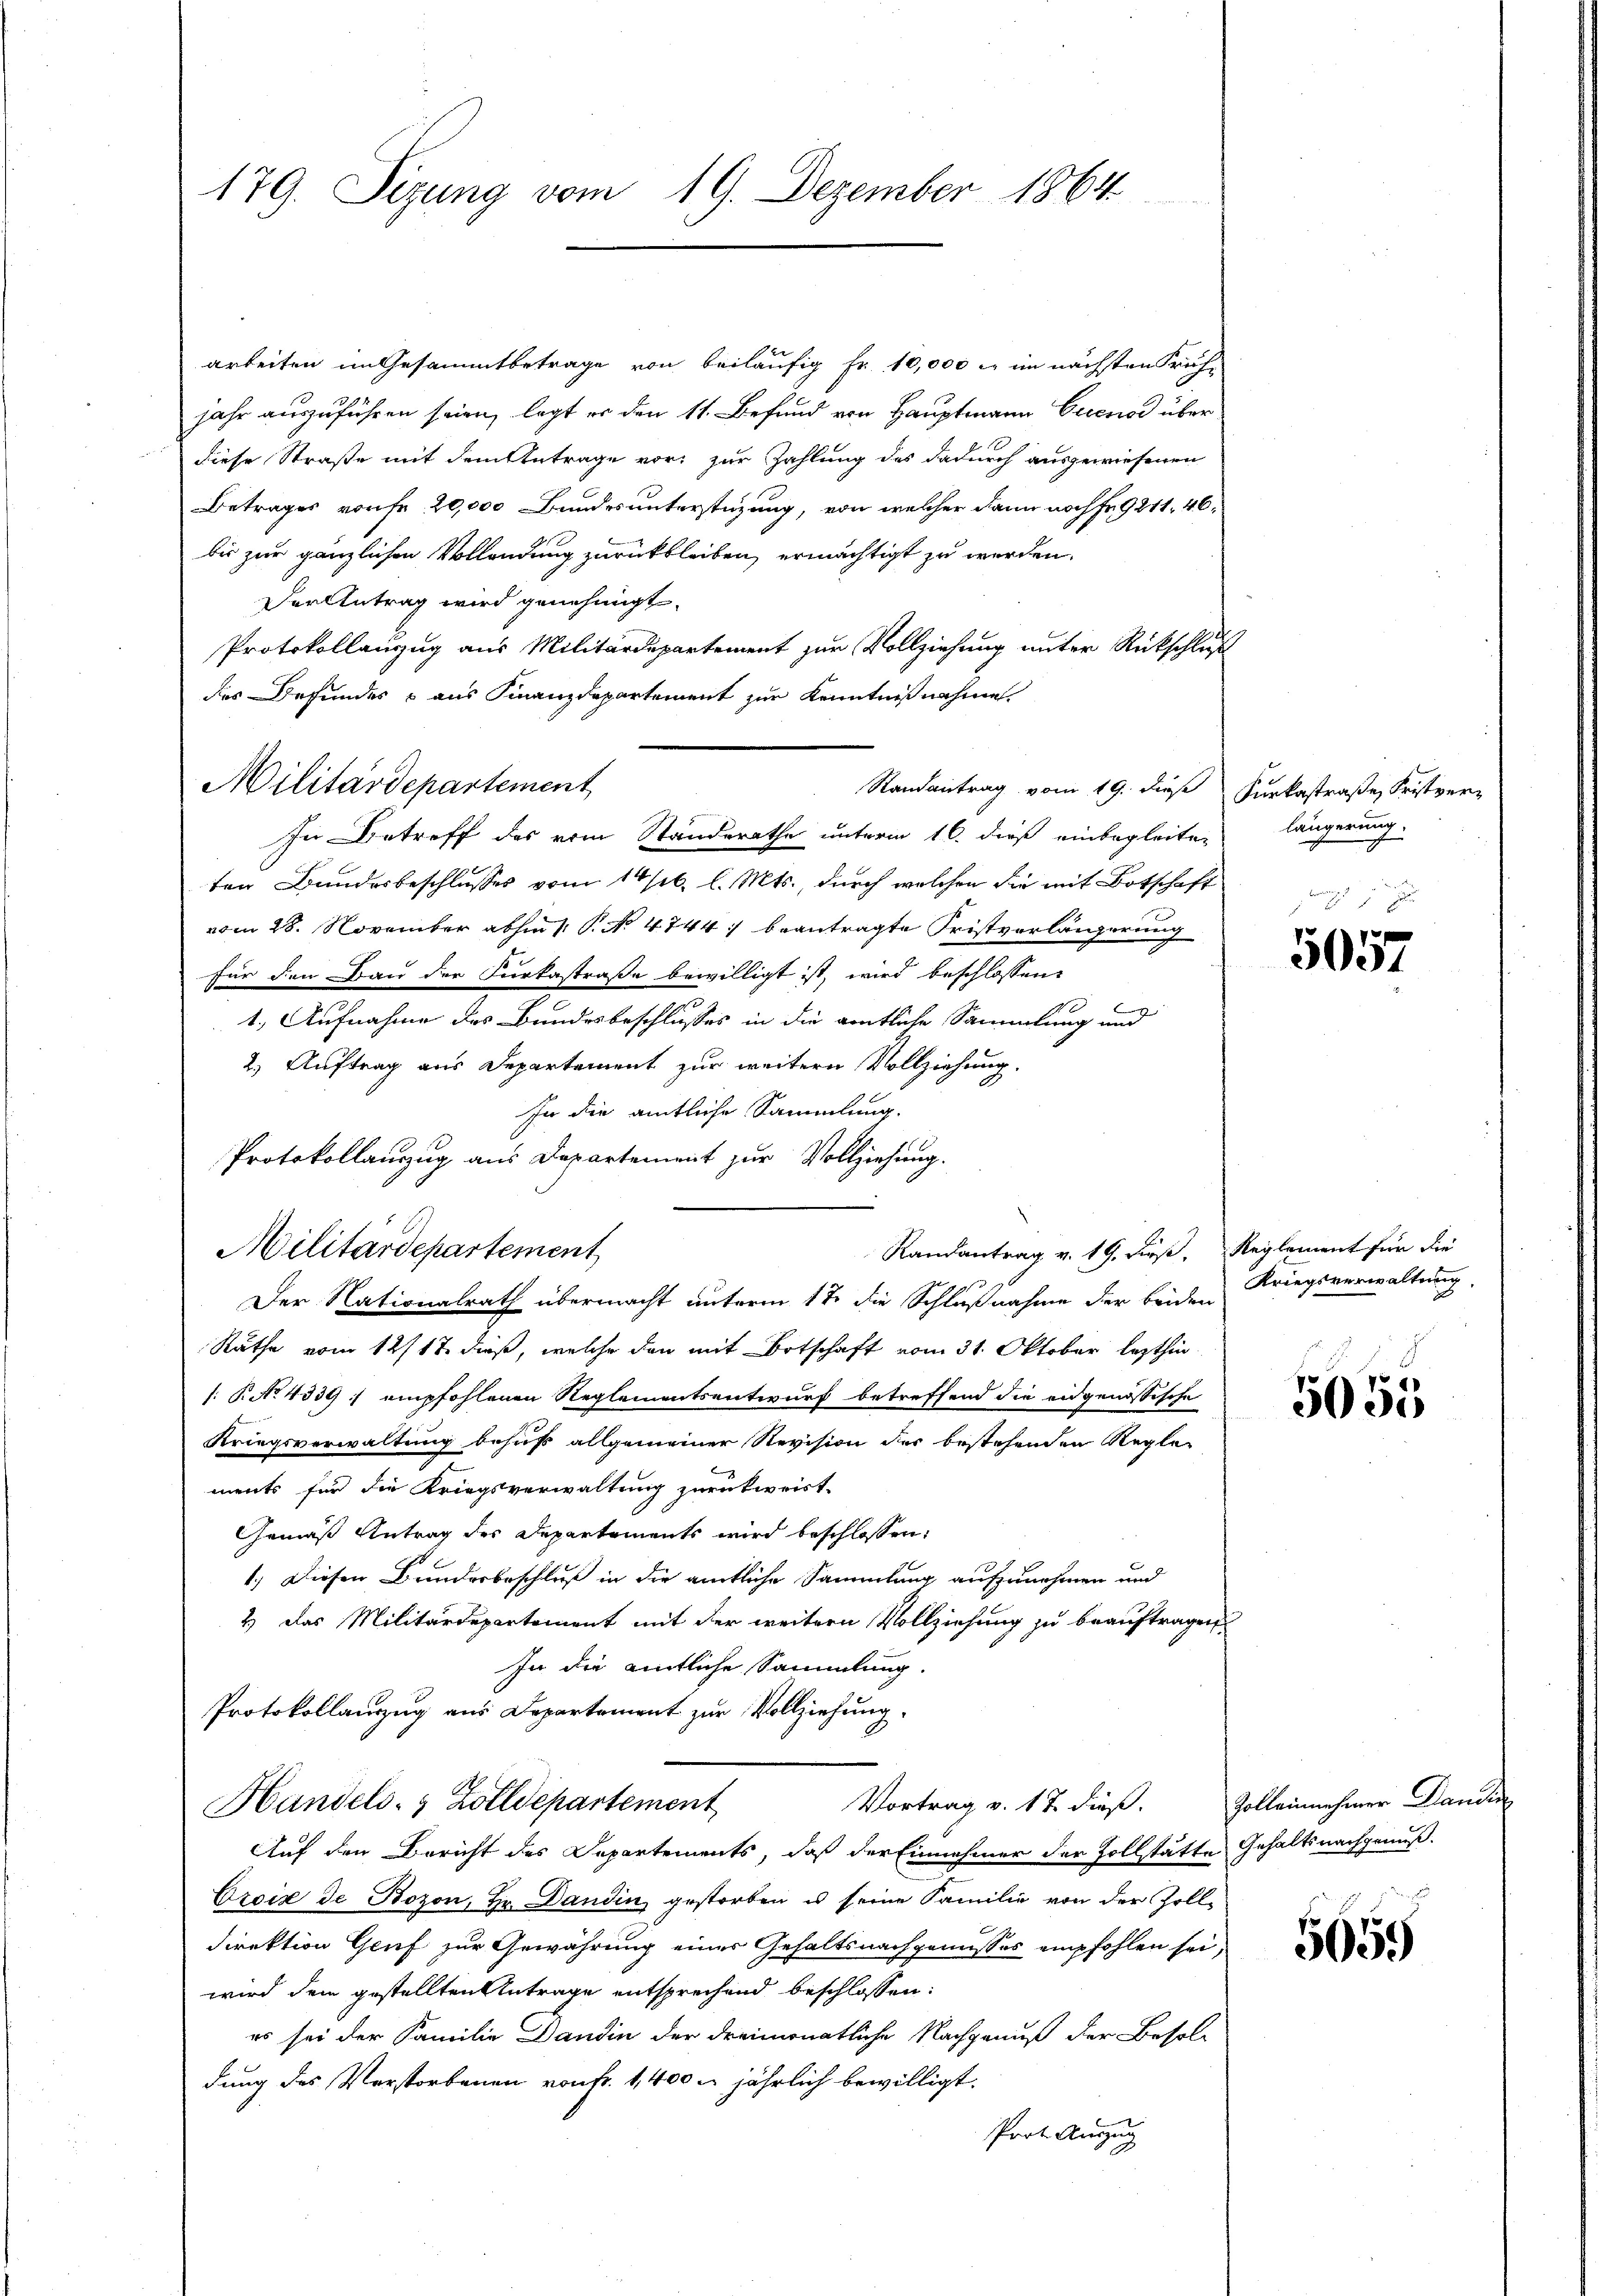
179. Sizung vom 19. Dezember 1864

arbeiten im Gesammtbetrage von beiläufig Fr. 10,000 l. im nächsten Frühjahr auszuführen seien, legt er den 11. Befund von Hauptmann Erens über
diese Straße mit dem Antrage vor, zur Zahlung des dadurch ausgewiesenen
Betrages von fr. 20,000 Bundesunterstüzung, von welcher dann noch Fr. 9241. 46,
bis zur gänzlichen Vollendung zurückbleiben, ermächtigt zu werden.
Der Antrag wird genehmigt.
Protokollanzug aus Militärdepartement zur Vollziehung unter Rückschluß
des Befundes & aus Finanzdepartement zur Kenntnißnahme
Militärdepartement
Randantrag vom 19. dieß Furkastraße, Fristver-
In Betreff des vom Standerathe unterm 16. dieß einbegleiten längerung
ten Bundesbeschlusses vom 14 sel. l. Mts., durch welchen die mit Botschaft
vom 28. November abhin 1 P. N. 4744 :/ beantragte Fristvorlängerung
für den Bau der Furkastraße bewilligt ist, wird beschlossen,
1. Aufnahme des Bundesbeschlusses in die amtliche Sammlung und
2.) Auftrag aus Departement zur weitern Vollziehung.
In die amtliche Sammlung.
Protokollanzug aus Departement zur Vollziehung.
Randantrag v. 19. dieß, Reglement für die
Militärdepartement
Der Nationalrath übermacht unterm 1t die Schlußnahme der beiden
Räthe vom 12/17. dieß, welche dann mit Botschaft vom 31. Oktober lezthin
 R No 4339 :/ empfohlenen Reglementsentwurf betreffend die eidgenössische
Kriegsverwaltung behuf allgemeiner Revision der bestehenden Regle
ments für die Kriegsverwaltung zurückweist.
Gemäß Antrag des Departements wird beschlossen,
1.) Diesen Bundesbeschluß in die amtliche Sammlung aufzunehmen und
2.) Das Militärdepartement mit der weitern Vollziehung zu beauftragen
In die amtliche Sammlung.
Protokollanzug aus Departement zur Vollziehung.
Handels- & Zolldepartement
Vortrag v. 17. dieß.
Auf den Bericht des Departements, daß der Einnahmer der Zollstätte Gehaltsnachgenuß.
Croix de Bozon, Hr. Dandin gestorben u seine Familie von der Zoll-
Direktion Gruf zur Gewährung einer Gehaltsnachgenusses empfohlen sei,
wird dem gestellten Antrage entsprechend beschlossen:
es sei der Familie Dandin der dreimonatliche Nachgenuß der Besoldung des Verstorbenen von Fr. 1400. jährlich bewilligt.
Prot. Auszug

5057

Kriegsverwaltung.

5055

Zoll einnehmer Stand

5659